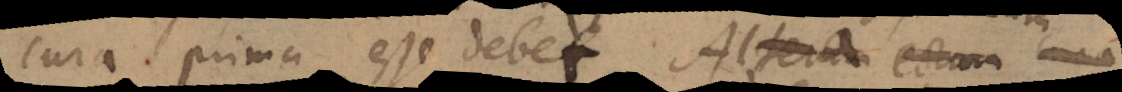
cura prima esse debet. Alterum e